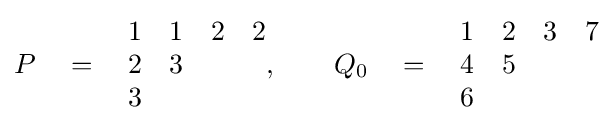
P\quad =\quad {\begin{matrix}1&1&2&2\\2&3\\3\end{matrix}},\qquad Q_{0}\quad =\quad {\begin{matrix}1&2&3&7\\4&5\\6\end{matrix}}